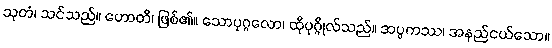
သုတံ၊ သင်သည်။ ဟောတိ၊ ဖြစ်၏။ သောပုဂ္ဂလော၊ ထိုပုဂ္ဂိုလ်သည်။ အပ္ပကဿ၊ အနည်ငယ်သော။